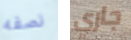
نصفه جاري